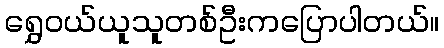
ရွှေဝယ်ယူသူတစ်ဦးကပြောပါတယ်။